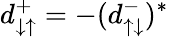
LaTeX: d_{\downarrow\uparrow}^{+}=-(d_{\uparrow\downarrow}^{-})^{*}